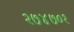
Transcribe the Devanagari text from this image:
२७४७०१